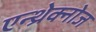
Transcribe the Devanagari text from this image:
एन्थ्रेक्नोज